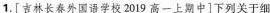
1.[吉林长春外国语学校2019高一上期中]下列关于细